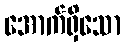
အောက်ရှိသော